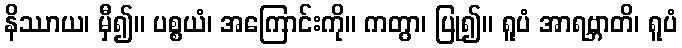
နိဿာယ၊ မှီ၍။ ပစ္စယံ၊ အကြောင်းကို။ ကတွာ၊ ပြု၍။ ရူပံ အာရဗ္ဘာတိ၊ ရူပံ